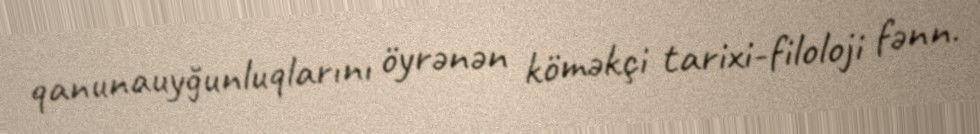
qanunauyğunluqlarını öyrənən köməkçi tarixi-filoloji fənn.